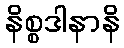
နိစ္စဒါနာနိ